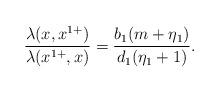
LaTeX: \begin{align*}\frac{\lambda(x,x^{1+})}{\lambda(x^{1+},x)}=\frac{b_1(m+\eta_1)}{d_1(\eta_1+1)}.\end{align*}